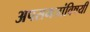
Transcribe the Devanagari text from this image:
अपसमजांविषयी